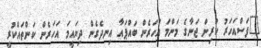
"ފަސްއަހަރު ކުރިން ޖަނާގެ މަންމަ އަހަރެން ބައްޕައާ އިނދެގެން ދިޔައީމަ އަހަރެން ކަންތައްކުރީ